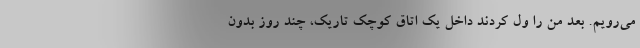
می‌رویم. بعد من را ول کردند داخل یک اتاق کوچک تاریک، چند روز بدون